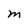
Character: M